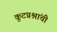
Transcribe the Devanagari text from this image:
कूटप्रश्नांची